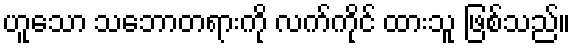
ဟူသော သဘောတရားကို လက်ကိုင် ထားသူ ဖြစ်သည်။